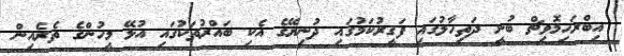
އިބްރަހިމޮވިޗް ބުނީ ދަތިހާލުގައި ފަގީރުކަމުގައި ދުނިޔޭގެ އެކި ބައްރުތަކުގައި އުޅޭ މީހުންގެ ތެރެއިން